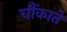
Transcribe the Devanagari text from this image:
चौंकाते